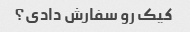
کیک رو سفارش دادی؟